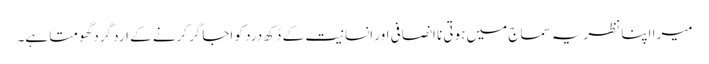
میرا اپنا نظریہ سماج میں ہوتی نا انصافی اور انسانیت کے دُکھ درد کو اجاگر کرنے کے ارد گرد گھومتا ہے۔